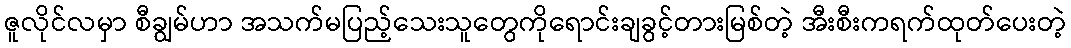
ဇူလိုင်လမှာ စီချွမ်ဟာ အသက်မပြည့်သေးသူတွေကိုရောင်းချခွင့်တားမြစ်တဲ့ အီးစီးကရက်ထုတ်ပေးတဲ့